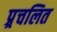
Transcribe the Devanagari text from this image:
प्र्रचलित